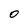
Character: 0